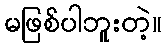
မဖြစ်ပါဘူးတဲ့။